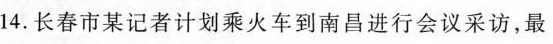
14.长春市某记者计划乘火车到南昌进行会议采访，最